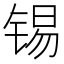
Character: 锡